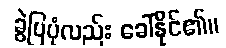
ခွဲပြပုံလည်း ခေါ်နိုင်၏။